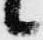
候